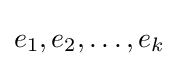
e_{1},e_{2},\ldots ,e_{k}